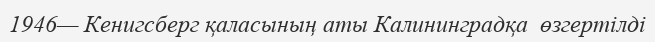
1946— Кенигсберг қаласының аты Калининградқа  өзгертілді